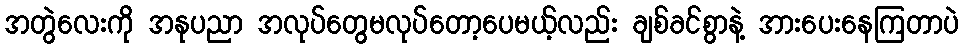
အတွဲလေးကို အနုပညာ အလုပ်တွေမလုပ်တော့ပေမယ့်လည်း ချစ်ခင်စွာနဲ့ အားပေးနေကြတာပဲ